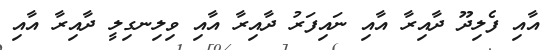
އާއި ފެލިދޫ ދާއިރާ އާއި ނައިފަރު ދާއިރާ އާއި ވިލިނގިލީ ދާއިރާ އާއި